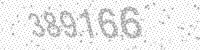
Solution: 389166